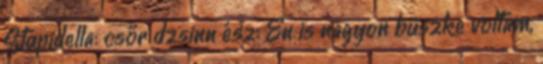
Stupidella: csőr dzsinn ész: Én is nagyon büszke voltam,